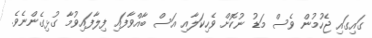
ގައިގައި ޖެހުމުން ވެސް މަޑު ނުކޮށް ވެހިކަލާއި އަސް ބާއްވާފައި ފިލާފައިވުމާ ގުޅިގެންނެެވެ.